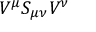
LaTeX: V ^ { \mu } S _ { \mu \nu } V ^ { \nu }